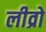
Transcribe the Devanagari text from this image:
लीव्रो